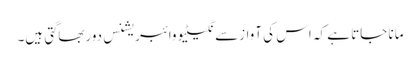
مانا جاتا ہے کہ اس کی آوازسے نگیٹیو وائبریشنس دوربھاگتی ہیں۔